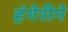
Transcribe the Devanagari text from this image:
हंगेरीने